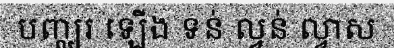
បញ្ឈរ ឡើង ទន់ ល្វន់ ល្វាស